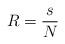
LaTeX: \begin{align*} R = \frac {s}{N}\end{align*}